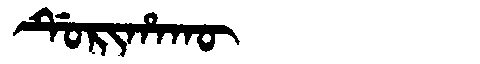
Manchu: ᡩᡠᡵᡳᡥᠠᡴᡡ
Romanization: DURIHAKŪ